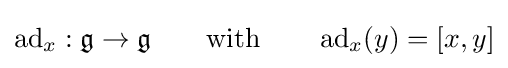
\operatorname {ad} _{x}:{\mathfrak {g}}\to {\mathfrak {g}}\qquad {\text{with}}\qquad \operatorname {ad} _{x}(y)=[x,y]